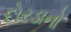
દોરડાનો